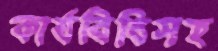
কার্যবিধিসহ